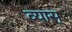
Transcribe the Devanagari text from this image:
व्यास्